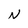
Character: N